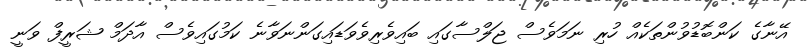
އޭނާގެ ކަންބޮޑުވުންތަކެއް ހުރި ނަމަވެސް ޖަލްސާގައި ބައިވެރިވެވަޑައިގަންނަވާނެ ކަމުގައިވެސް އާދަމް ޝަރީފް ވަނީ